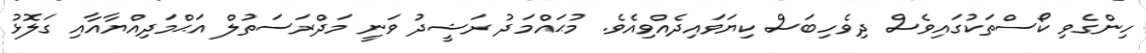
ހިންގެވި ކޯސްތަކުގައިވެސް ދިވެހިބަސް ކިޔަވައިދެއްވިއެވެ. މުޙައްމަދު ރަޝީދު ވަނީ މަދްރަސަތުލް އަޙްމަދިއްޔާއާއި ގަލޮޅު